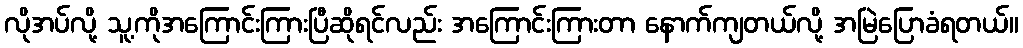
လိုအပ်လို့ သူ့ကိုအကြောင်းကြားပြီဆိုရင်လည်း အကြောင်းကြားတာ နောက်ကျတယ်လို့ အမြဲပြောခံရတယ်။